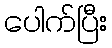
ပေါက်ပြီး